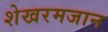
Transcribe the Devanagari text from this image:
शेखरमजान